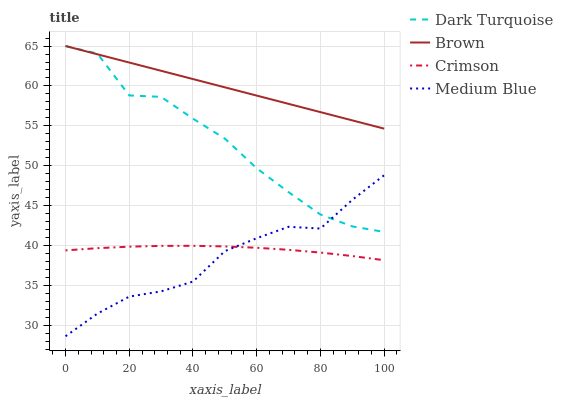
| xaxis_label | Dark Turquoise | Brown | Crimson | Medium Blue |
 | --- | --- | --- | --- | --- |
 | 0 | 65 | 65 | 39.4 | 28.7 |
 | 10 | 64.1 | 64 | 39.7 | 31.5 |
 | 20 | 58.8 | 62.9 | 39.9 | 33.7 |
 | 30 | 58.6 | 61.9 | 40 | 34.3 |
 | 40 | 55.9 | 60.9 | 40 | 35.5 |
 | 50 | 53.4 | 59.8 | 39.9 | 39.3 |
 | 60 | 49.7 | 58.8 | 39.8 | 41 |
 | 70 | 46.7 | 57.8 | 39.5 | 42.4 |
 | 80 | 43.9 | 56.7 | 39.2 | 42.2 |
 | 90 | 42.4 | 55.7 | 38.7 | 45.8 |
 | 100 | 41.7 | 54.7 | 38.2 | 48.8 |